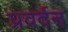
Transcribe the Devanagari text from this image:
प्रवर्दन